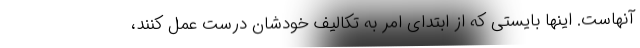
آنهاست. اینها بایستی که از ابتدای امر به تکالیف خودشان درست عمل کنند،